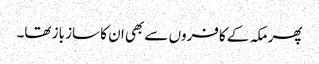
پھر مکہ کے کافروں سے بھی ان کا ساز باز تھا۔